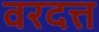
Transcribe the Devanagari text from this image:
वरदत्त